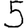
Digit: 5